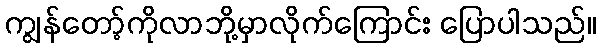
ကျွန်တော့်ကိုလာဘို့မှာလိုက်ကြောင်း ပြောပါသည်။